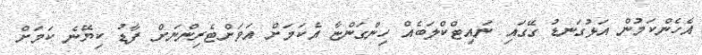
އެހެންކަމުން އަޅުގަނޑު ގޭގައި ނައިޓްކްލަބެއް ހިންގަންޏާ އެކަމަށް އަވަށްޓެރިންނަށް ފާޑު ކިޔޭނެ ކަމަށް